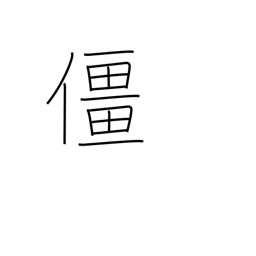
Meaning: collapse